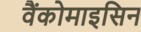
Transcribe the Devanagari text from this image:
वैंकोमाइसिन